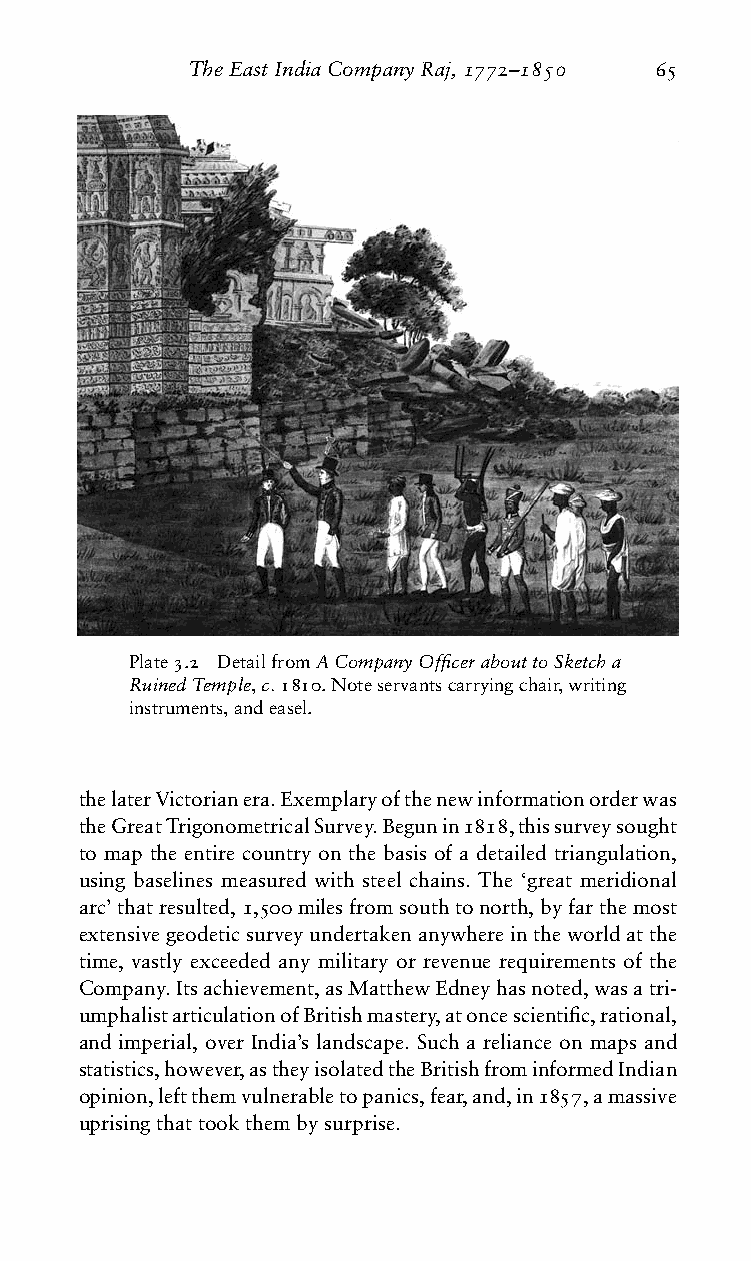
TheEastIndiaCompanyRaj,1772–1850 65
 Plate3.2 DetailfromACompanyOfficerabouttoSketcha
 RuinedTemple,c.1810.Noteservantscarryingchair,writing
 instruments,andeasel.
 thelaterVictorianera.Exemplaryofthenewinformationorderwas
 theGreatTrigonometricalSurvey.Begunin1818,thissurveysought
 to map the entire country on the basis of a detailed triangulation,
 using baselines measured with steel chains. The ‘great meridional
 arc’thatresulted,1,500milesfromsouthtonorth,byfarthemost
 extensivegeodeticsurveyundertakenanywhereintheworldatthe
 time, vastly exceeded any military or revenue requirements of the
 Company.Itsachievement,asMatthewEdneyhasnoted,wasatri-
 umphalistarticulationofBritishmastery,atoncescientific,rational,
 and imperial, over India’s landscape. Such a reliance on maps and
 statistics,however,astheyisolatedtheBritishfrominformedIndian
 opinion,leftthemvulnerabletopanics,fear,and,in1857,amassive
 uprisingthattookthembysurprise.